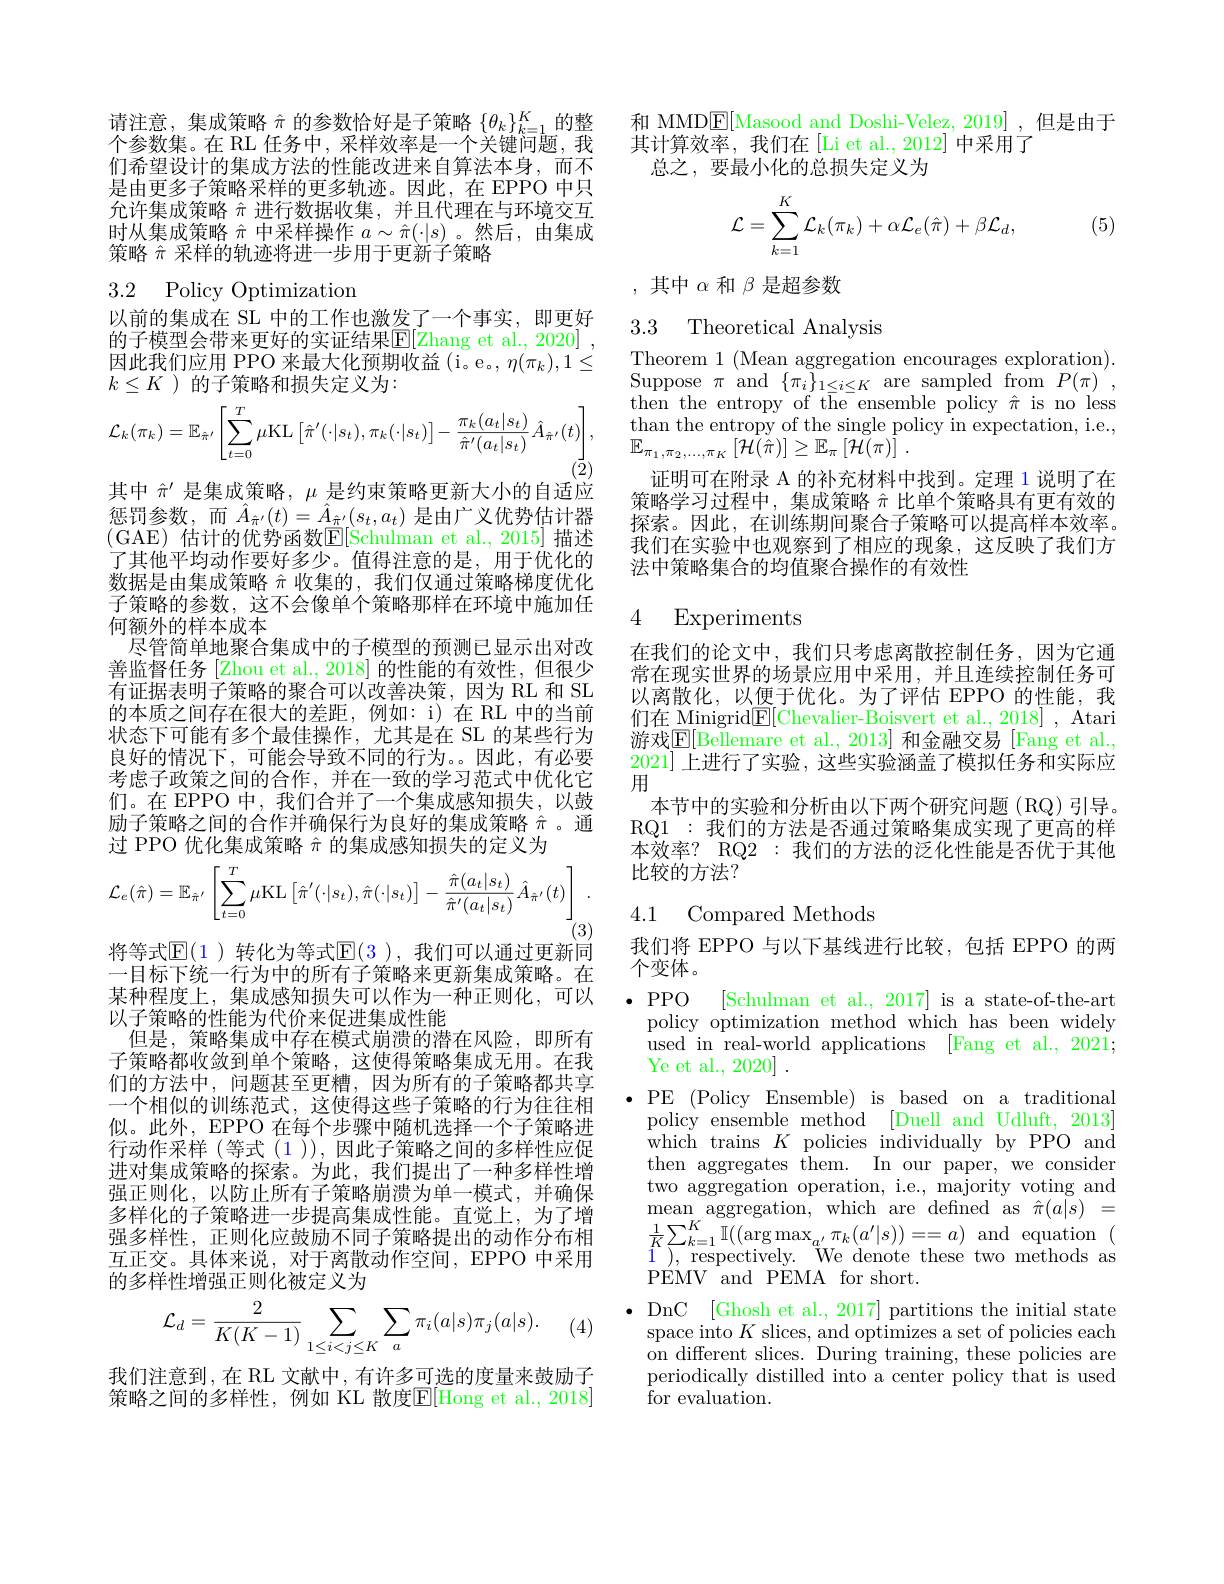
请注意，集成策略$\hat{\pi}$的参数恰好是子策略$\{\theta_k\}_k=1^K$的整个参数集。在 RL 任务中，采样效率是一个关键问题，我们希望设计的集成方法的性能改进来自算法本身，而不是由更多子策略采样的更多轨迹。因此，在 EPPO 中只允许集成策略$\hat{\pi}$进行数据收集，并且代理在与环境交互时从集成策略$\hat{\pi}$中采样操作$a\sim\hat{\pi}(\cdot|s)$ 。然后，由集成策略$\hat{\pi}$采样的轨迹将进一步用于更新子策略

## 3.2 Policy Optimization

以前的集成在 SL 中的工作也激发了一个事实，即更好的子模型会带来更好的实证结果$\overline{\mathrm{E}}[$Zhang et al., 2020] 因此我们应用 PPO 来最大化预期收益 (i。e。, $\eta(\pi_k),1\leq$ $k\leq K$ )的子策略和损失定义为：
$$\mathcal{L}_{k}(\pi_{k})=\mathbb{E}_{\hat{\pi}'}\left[\sum_{t=0}^{T}\mu\mathrm{KL}\left[\hat{\pi}'(\cdot|s_{t}),\pi_{k}(\cdot|s_{t})\right]-\frac{\pi_{k}(a_{t}|s_{t})}{\hat{\pi}'(a_{t}|s_{t})}\hat{A}_{\hat{\pi}'}(t)\right],$$
其中$\hat{\pi}^{\prime}$是集成策略，$\mu$是约束策略更新大小的自适应惩罚参数，而$\hat{A}_{\hat{\pi}^{\prime}}(t)=\hat{A}_{\hat{\pi}^{\prime}}(s_t,a_t)$ 是由广义优势估计器(GAE) 估计的优势函数$\mathbb{E}[$Schulman et al., 2015] 描述了其他平均动作要好多少。值得注意的是，用于优化的数据是由集成策略$\hat{\pi}$收集的，我们仅通过策略梯度优化子策略的参数，这不会像单个策略那样在环境中施加任何额外的样本成本
尽管简单地聚合集成中的子模型的预测已显示出对改善监督任务[Zhou et al.,2018] 的性能的有效性，但很少有证据表明子策略的聚合可以改善决策，因为 RL 和 SL 的本质之间存在很大的差距，例如：i)在 RL 中的当前状态下可能有多个最佳操作，尤其是在 SL 的某些行为良好的情况下，可能会导致不同的行为。因此，有必要考虑子政策之间的合作，并在一致的学习范式中优化它们。在 EPPO 中，我们合并了一个集成感知损失，以鼓励子策略之间的合作并确保行为良好的集成策略$\hat{\pi}$。通过 PPO 优化集成策略$\hat{\pi}$的集成感知损失的定义为
$$\mathcal{L}_{e}(\hat{\pi})=\mathbb{E}_{\hat{\pi}'}\left[\sum_{t=0}^{T}\mu\mathrm{KL}\left[\hat{\pi}'(\cdot|s_{t}),\hat{\pi}(\cdot|s_{t})\right]-\frac{\hat{\pi}(a_{t}|s_{t})}{\hat{\pi}'(a_{t}|s_{t})}\hat{A}_{\hat{\pi}'}(t)\right].$$
将等式$\operatorname{E}($1 )转化为等式$\operatorname{E}($3 ),我们可以通过更新同一目标下统一行为中的所有子策略来更新集成策略。在某种程度上，集成感知损失可以作为一种正则化，可以以子策略的性能为代价来促进集成性能
但是，策略集成中存在模式崩溃的潜在风险，即所有子策略都收敛到单个策略，这使得策略集成无用。在我们的方法中，问题甚至更糟，因为所有的子策略都共享一个相似的训练范式，这使得这些子策略的行为往往相似。此外，EPPO 在每个步骤中随机选择一个子策略进行动作采样 (等式 (1 )), 因此子策略之间的多样性应促进对集成策略的探索。为此，我们提出了一种多样性增强正则化，以防止所有子策略崩溃为单一模式，并确保多样化的子策略进一步提高集成性能。直觉上，为了增强多样性，正则化应鼓励不同子策略提出的动作分布相互正交。具体来说，对于离散动作空间，EPPO 中采用的多样性增强正则化被定义为
$$\mathcal{L}_{d}=\frac{2}{K(K-1)}\sum_{1\leq i<j\leq K}\sum_{a}\pi_{i}(a|s)\pi_{j}(a|s).$$
(4)

我们注意到，在 RL 文献中，有许多可选的度量来鼓励子策略之间的多样性，例如 KL 散度$\mathbb{E}[$Hong et al.,2018]

和 MMD$\underline{\mathrm{E}}[$Masood and Doshi-Velez, 2019] ,但是由于
其计算效率，我们在[Li et al., 2012] 中采用了
总之，要最小化的总损失定义为
$$\begin{aligned}\mathcal{L}=\sum_{k=1}^K\mathcal{L}_k(\pi_k)+\alpha\mathcal{L}_e(\hat{\pi})+\beta\mathcal{L}_d,\end{aligned}$$
(5)

,其中$\alpha$和$\beta$是超参数

### 3.3 Theoretical Analvsis

Theorem 1 (Mean aggregation encourages exploration). Suppose $\pi$ and$\{\pi_{i}\}_{1\leq i\leq K}$ are sampled from$P(\pi)^{\prime}$, then the entropy of t$\bar{\text{he ensemble policy }\pi}$ is no less than the entropy of the single policy in expectation, i.e., $\mathbb{E}_{\pi_1,\pi_2,\ldots,\pi_K}\left[\mathcal{H}(\hat{\pi})\right]\geq\mathbb{E}_\pi\left[\mathcal{H}(\pi)\right].$
证明可在附录 A 的补充材料中找到。定理 1 说明了在策略学习过程中，集成策略$\hat{\pi}$比单个策略具有更有效的探索。因此，在训练期间聚合子策略可以提高样本效率。我们在实验中也观察到了相应的现象，这反映了我们方法中策略集合的均值聚合操作的有效性

### 4 Experiments

在我们的论文中，我们只考虑离散控制任务，因为它通常在现实世界的场景应用中采用，并且连续控制任务可以离散化，以便于优化。为了评估 EPPO 的性能，我们在 Minigrid$\underline{\mathbb{F}}[$Chevalier-Boisvert et al., 2018] , Atari 游戏$\underline{\mathrm{E}}[$Bellemare et al., 2013] 和金融交易 [Fang et al. 2021]上进行了实验，这些实验涵盖了模拟任务和实际应用
本节中的实验和分析由以下两个研究问题(RQ)引导。RQ1 : 我们的方法是否通过策略集成实现了更高的样本效率？RQ2 : 我们的方法的泛化性能是否优于其他比较的方法？

## 4.1 Compared Methods

我们将 EPPO 与以下基线进行比较，包括 EPPO 的两
个变体。

$\cdot$PPO

[Schulman et al., 2017] is a state-of-the-art
policy optimization method which has been widely used in real-world applications [Fang et al., 2021; Ye et al., 2020] .
$\bullet$PE (Policy Ensemble) is based on a traditional policy ensemble method [Duell and Udluft, 2013] which trains $K$ policies individually by PPO and then aggregates them. In our paper, we consider two aggregation operation, i.e., majority voting and $\begin{array}{l}{\mathrm{mean~aggregation,~which~are~defined~as~\hat{\pi}(a|s)~=}}\\{\frac1K\sum_{k=1}^K\mathbb{I}((\arg\max_{a^{\prime}}\pi_k(a^{\prime}|s))==a)\:\mathrm{and~equation~(}}\\{\frac1K\sum_{k=1}^K\mathbb{I}((\arg\max_{a^{\prime}}\pi_k(a^{\prime}|s))==a)\:\mathrm{and~equation~(}}\\{\frac1K\sum_{k=1}^K\mathbb{I}((\arg\max_{a^{\prime\prime}}\pi_k(a^{\prime}|s))==a)\:\mathrm{and~equation~(}}\end{array}$ 1 ), respectively. We denote these two methods as PEMV and PEMA for short.
DnC [Ghosh et al., 2017] partitions the initial state space into $K$ slices, and optimizes a set of policies each on different slices. During training, these policies are periodically distilled into a center policy that is used ${\mathrm{~for~evaluation.}}$